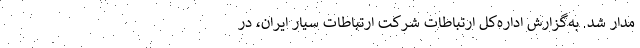
مدار شد. به‌گزارش اداره‌کل ارتباطات شرکت ارتباطات سیار ایران، در